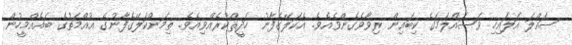
ސައްލަ އަލައިހި ވަސައްލަމަގެ ކިބައިން ރިވާވެގެންވެއެވެ. އެކަލޭގެފާނު ހަދީޘްކުރެއްވިއެވެ. ތިމަންކަލޭގެފާނުގެ އުއްމަތުގެ ބައެއްމީހުން